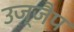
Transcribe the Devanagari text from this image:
उज्जैप